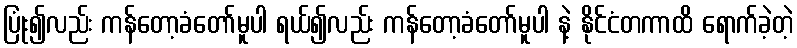
ပြုံး၍လည်း ကန်တော့ခံတော်မူပါ ရယ်၍လည်း ကန်တော့ခံတော်မူပါ နဲ့ နိုင်ငံတကာထိ ရောက်ခဲ့တဲ့